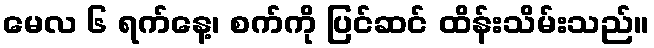
မေလ ၆ ရက်နေ့၊ စက်ကို ပြင်ဆင် ထိန်းသိမ်းသည်။